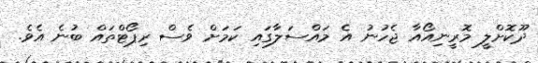
ދޫކޮށްލީ މޮރީނިއޯއާ ޖެހުނު އެ މައްސަލާގައި ކަމަށް ވެސް ރިޕޯޓްތައް ބުނެ އެވެ.